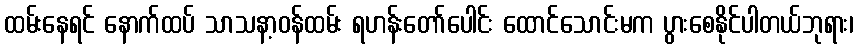
ထမ်းနေရင် နောက်ထပ် သာသနာ့ဝန်ထမ်း ရဟန်းတော်ပေါင်း ထောင်သောင်းမက ပွားစေနိုင်ပါတယ်ဘုရား၊